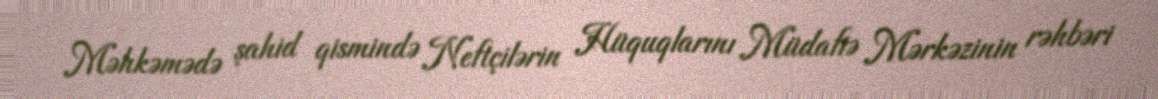
Məhkəmədə şahid qismində Neftçilərin Hüquqlarını Müdafiə Mərkəzinin rəhbəri